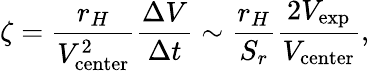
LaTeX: \zeta=\frac{r_{H}}{V_{\mathrm{center}}^{2}}\frac{\Delta V}{\Delta t}\sim\frac{r_{H}}{S_{r}}\frac{2V_{\mathrm{{exp}}}}{V_{\mathrm{center}}},